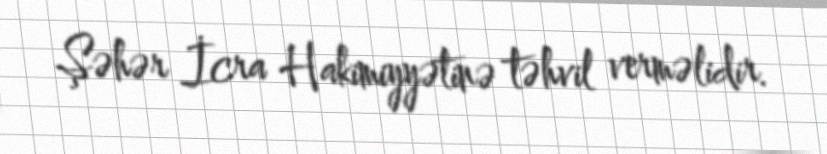
Şəhər İcra Hakimiyyətinə təhvil verməlidir.